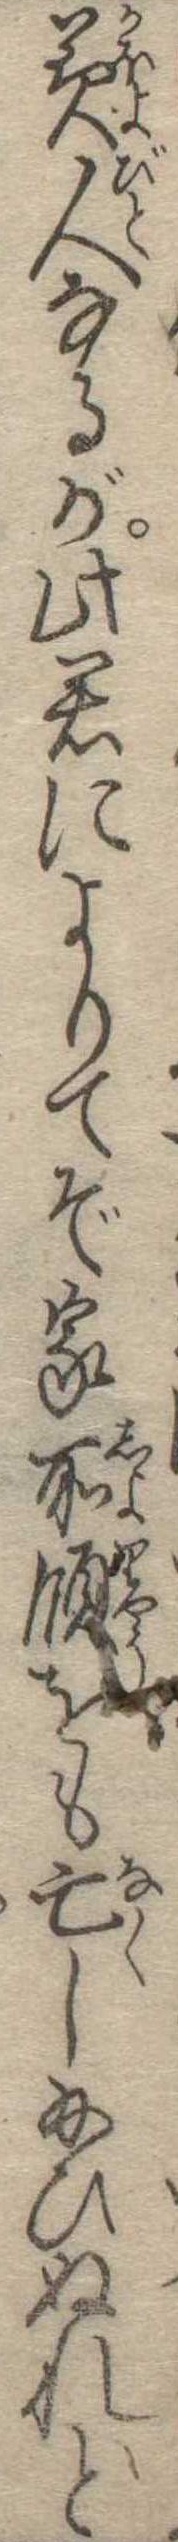
美人なるが此君によりてぞ家所領をも亡し給ひぬれと